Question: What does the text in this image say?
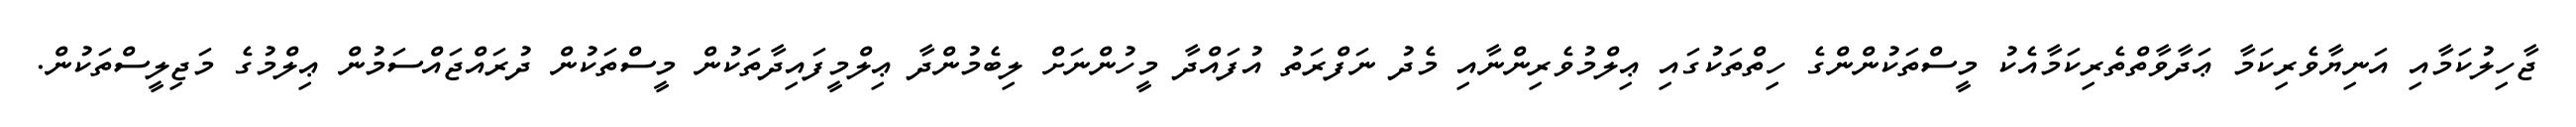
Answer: ޖާހިލުކަމާއި އަނިޔާވެރިކަމާ ޢަދާވާތްތެރިކަމާއެކު މީސްތަކުންންގެ ހިތްތަކުގައި ޢިލްމުވެރިންނާއި މެދު ނަފްރަތު އުފައްދާ މީހުންނަށް ލިބެމުންދާ ޢިލްމީފައިދާތަކުން މީސްތަކުން ދުރައްޖައްސަމުން ޢިލްމުގެ މަޖިލީސްތަކުން.